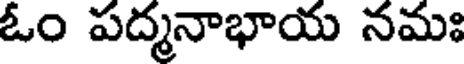
ఓం పద్మనాభాయ నమః